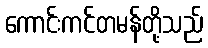
ကောင်းကင်တမန်တို့သည်